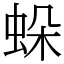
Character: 𧊶